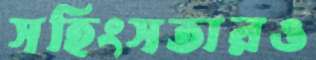
সহিংসতারও